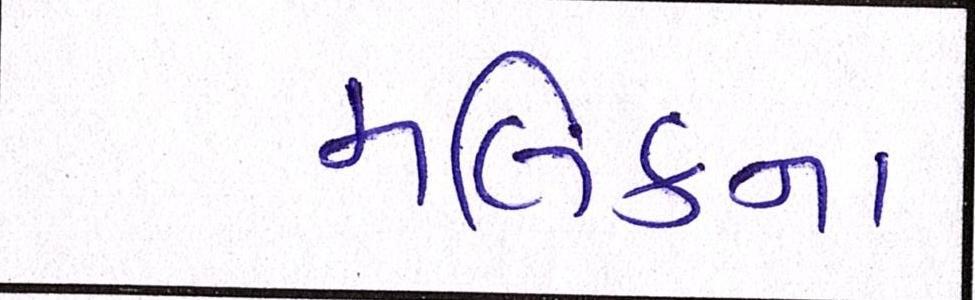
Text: મલિકના